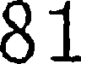
81